Vaccination in Bombay 1856-1862 - 1856-1862
Year: 1856
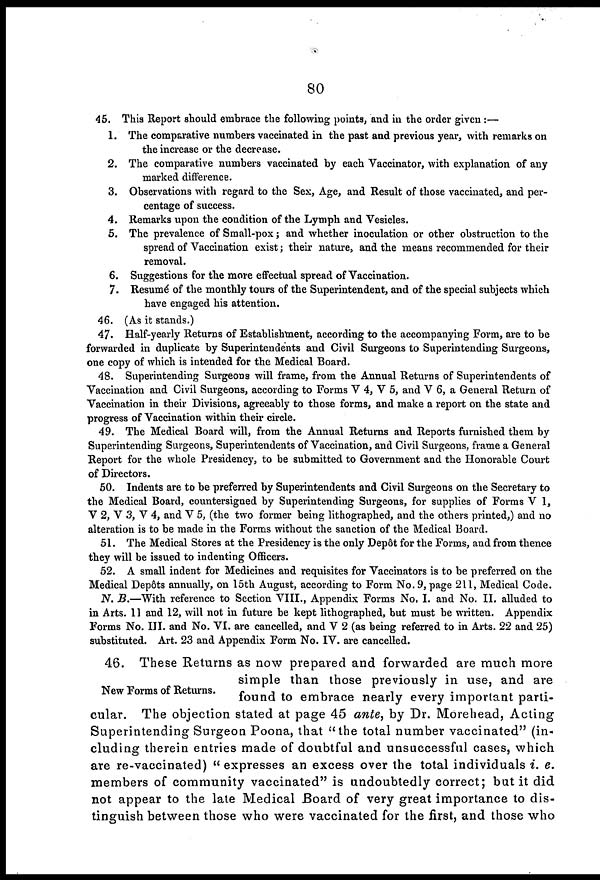
80
45. This Report should embrace the following points, and in the order given:—
1. The comparative numbers vaccinated in the past and previous year, with remarks on
the increase or the decrease.
2. The comparative numbers vaccinated by each Vaccinator, with explanation of any
marked difference.
3. Observations with regard to the Sex, Age, and Result of those vaccinated, and per-
centage of success.
4. Remarks upon the condition of the Lymph and Vesicles.
5. The prevalence of Small-pox; and whether inoculation or other obstruction to the
spread of Vaccination exist; their nature, and the means recommended for their
removal.
6. Suggestions for the more effectual spread of Vaccination.
7. Resumé of the monthly tours of the Superintendent, and of the special subjects which
have engaged his attention.
46. (As it stands.)
47. Half-yearly Returns of Establishment, according to the accompanying Form, are to be
forwarded in duplicate by Superintendents and Civil Surgeons to Superintending Surgeons,
one copy of which is intended for the Medical Board.
48. Superintending Surgeons will frame, from the Annual Returns of Superintendents of
Vaccination and Civil Surgeons, according to Forms V 4, V 5, and V 6, a General Return of
Vaccination in their Divisions, agreeably to those forms, and make a report on the state and
progress of Vaccination within their circle.
49. The Medical Board will, from the Annual Returns and Reports furnished them by
Superintending Surgeons, Superintendents of Vaccination, and Civil Surgeons, frame a General
Report for the whole Presidency, to be submitted to Government and the Honorable Court
of Directors.
50. Indents are to be preferred by Superintendents and Civil Surgeons on the Secretary to
the Medical Board, countersigned by Superintending Surgeons, for supplies of Forms V 1,
V 2, V 3, V 4, and V 5, (the two former being lithographed, and the others printed,) and no
alteration is to be made in the Forms without the sanction of the Medical Board.
51. The Medical Stores at the Presidency is the only Depôt for the Forms, and from thence
they will be issued to indenting Officers.
52. A small indent for Medicines and requisites for Vaccinators is to be preferred on the
Medical Depôts annually, on 15th August, according to Form No. 9, page 211, Medical Code.
N. B.—With reference to Section VIII., Appendix Forms No, I. and No. II. alluded to
in Arts. 11 and 12, will not in future be kept lithographed, but must be written. Appendix
Forms No. III. and No. VI. are cancelled, and V 2 (as being referred to in Arts. 22 and 25)
substituted. Art. 23 and Appendix Form No. IV. are cancelled.
New Forms of Returns.
46. These Returns as now prepared and forwarded are much more
simple than those previously in use, and are
found to embrace nearly every important parti-
cular. The objection stated at page 45 ante, by Dr. Morehead, Acting
Superintending Surgeon Poona, that "the total number vaccinated" (in-
cluding therein entries made of doubtful and unsuccessful cases, which
are re-vaccinated) " expresses an excess over the total individuals i. e.
members of community vaccinated" is undoubtedly correct; but it did
not appear to the late Medical Board of very great importance to dis-
tinguish between those who were vaccinated for the first, and those who